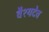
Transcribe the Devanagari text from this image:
वैश्यदेव